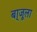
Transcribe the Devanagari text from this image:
बा्जूला